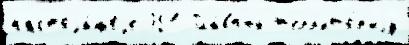
настоjа́щеjе 351 Гла́вный т'ерр'ито́р'иjу